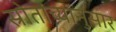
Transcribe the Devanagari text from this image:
स्रोतांच्‍यानुसार